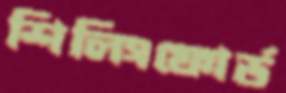
শিলিংফোর্ড